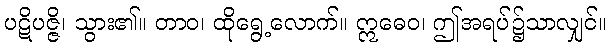
ပဋိပဇ္ဇိ၊ သွား၏။ တာဝ၊ ထိုရွေ့လောက်။ ဣဓေဝ၊ ဤအရပ်၌သာလျှင်။